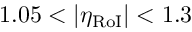
1 . 0 5 < | \eta _ { \mathrm { R o I } } | < 1 . 3